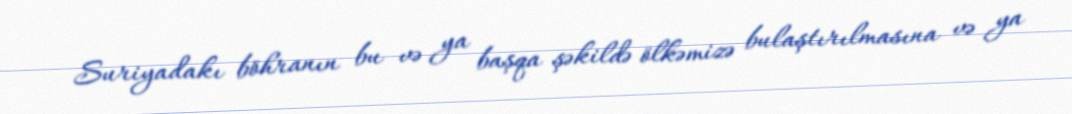
Suriyadakı böhranın bu və ya başqa şəkildə ölkəmizə bulaştırılmasına və ya